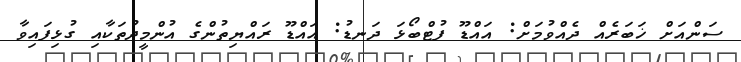
ސަންއަށް ޚަބަރެއް ދެއްވުމަށް: އައްޑޫ ފުޓްބޯޅަ ދަނޑު: އައްޑޫ ރައްޔިތުންގެ އުންމީދުތަކާއި ގުޅިފައިވާ